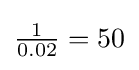
{\textstyle {\tfrac {1}{0.02}}=50}